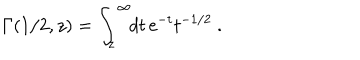
LaTeX: { \mit \Gamma } ( 1 / 2 , z ) = \int _ { z } ^ { \infty } \! \! d t \, { \mathrm e } ^ { - t } t ^ { - 1 / 2 } \ .